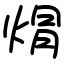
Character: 焨